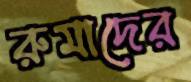
রুমাদের